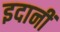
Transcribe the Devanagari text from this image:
इदानीं